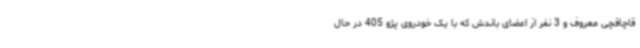
قاچاقچی معروف و 3 نفر از اعضای باندش که با یک خودروی پژو 405 در حال